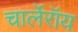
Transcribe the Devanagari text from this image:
चार्लेरॉय